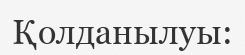
Қолданылуы: